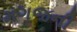
મગજની